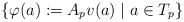
\begin{align*}\{ \varphi(a):= A_p v(a) \; | \; a \in T_p \} \end{align*}